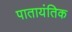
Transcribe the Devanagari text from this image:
पातायंतिक